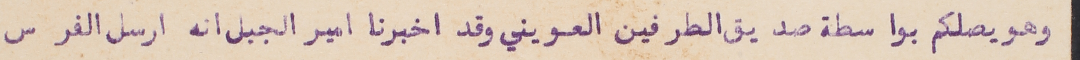
وهو يصلكم بواسطة صديق الطرفين العويني وقد اخبرنا امير الجبل انه ارسل الفرس